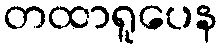
တထာရူပေန